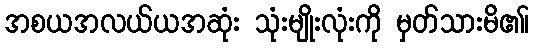
အစယအလယ်ယအဆုံး သုံးမျိုးလုံးကို မှတ်သားမိ၏၊